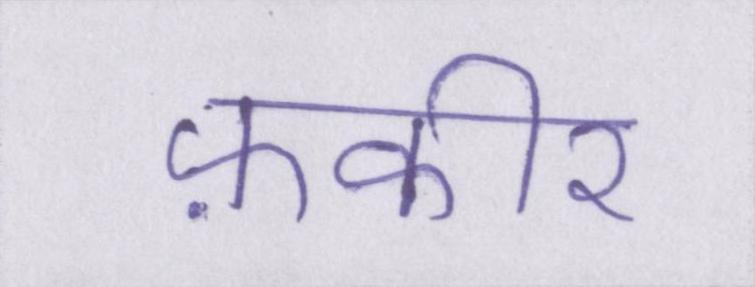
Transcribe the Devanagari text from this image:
फ़कीर